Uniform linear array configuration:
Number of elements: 48
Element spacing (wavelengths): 0.75
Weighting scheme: blackman
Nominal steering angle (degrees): -60
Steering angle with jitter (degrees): -58.387
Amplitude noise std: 0.05
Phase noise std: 0.05

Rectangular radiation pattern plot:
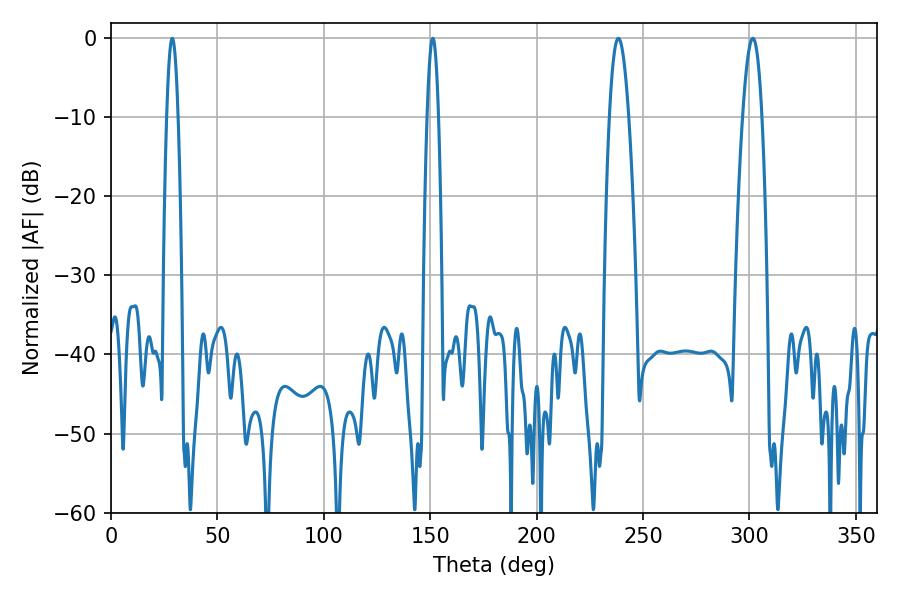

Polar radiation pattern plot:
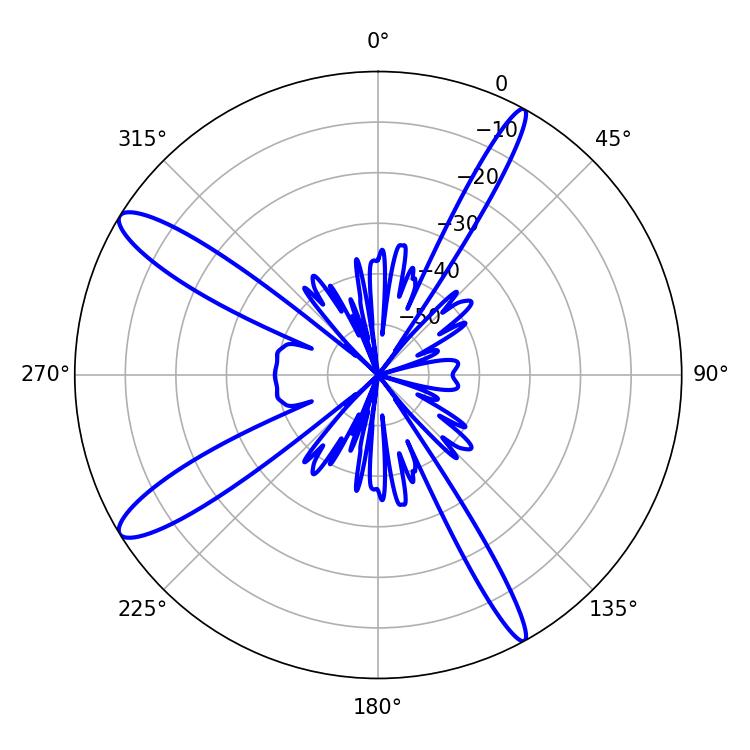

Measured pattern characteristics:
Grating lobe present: TRUE
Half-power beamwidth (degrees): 2.88
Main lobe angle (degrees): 28.8